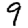
Digit: 9